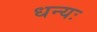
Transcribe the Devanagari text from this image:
धन्यः